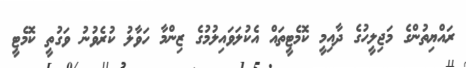
ރައްޔިތުންގެ މަޖިލީހުގެ ދާއިމީ ކޮމެޓީތައް އެކުލަވައިލުމުގެ ޒިންމާ ހަވާލު ކުރެވުނު ވަގުތީ ކޮމެޓީ